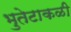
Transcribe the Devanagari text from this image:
भुतेटाकळी